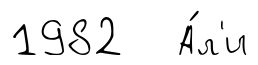
1982 А́л'и